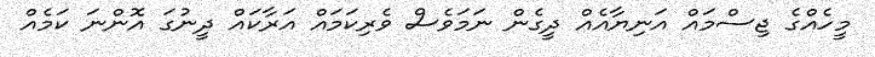
މީހެއްގެ ޖިސްމައް އަނިޔާއެއް ދީގެން ނަމަވެސް ވެރިކަމައް އަރާކައް ދީނުގަ އޮންނަ ކަމެއް